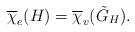
LaTeX: \begin{align*}\overline{\chi}_e(H)=\overline{\chi}_v(\tilde{G}_H).\end{align*}